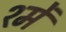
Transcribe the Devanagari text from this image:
श्में